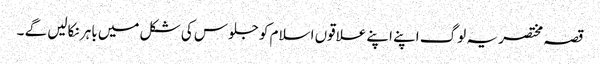
قصہ مختصر یہ لوگ اپنے اپنے علاقوں اسلام کو جلوس کی شکل میں باہر نکالیں گے ۔